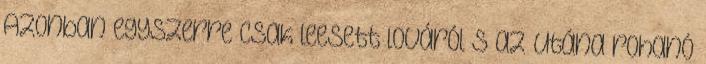
Azonban egyszerre csak leesett lováról s az utána rohanó